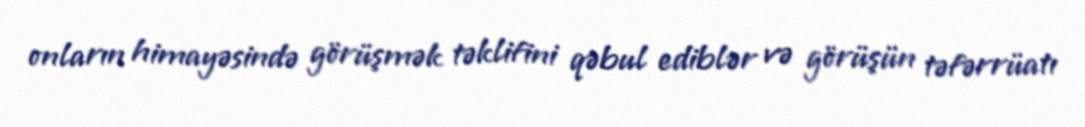
onların himayəsində görüşmək təklifini qəbul ediblər və görüşün təfərrüatı